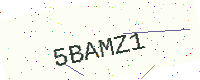
Text: 5BAMZ1